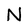
Character: N